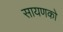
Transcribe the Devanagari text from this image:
सायणको